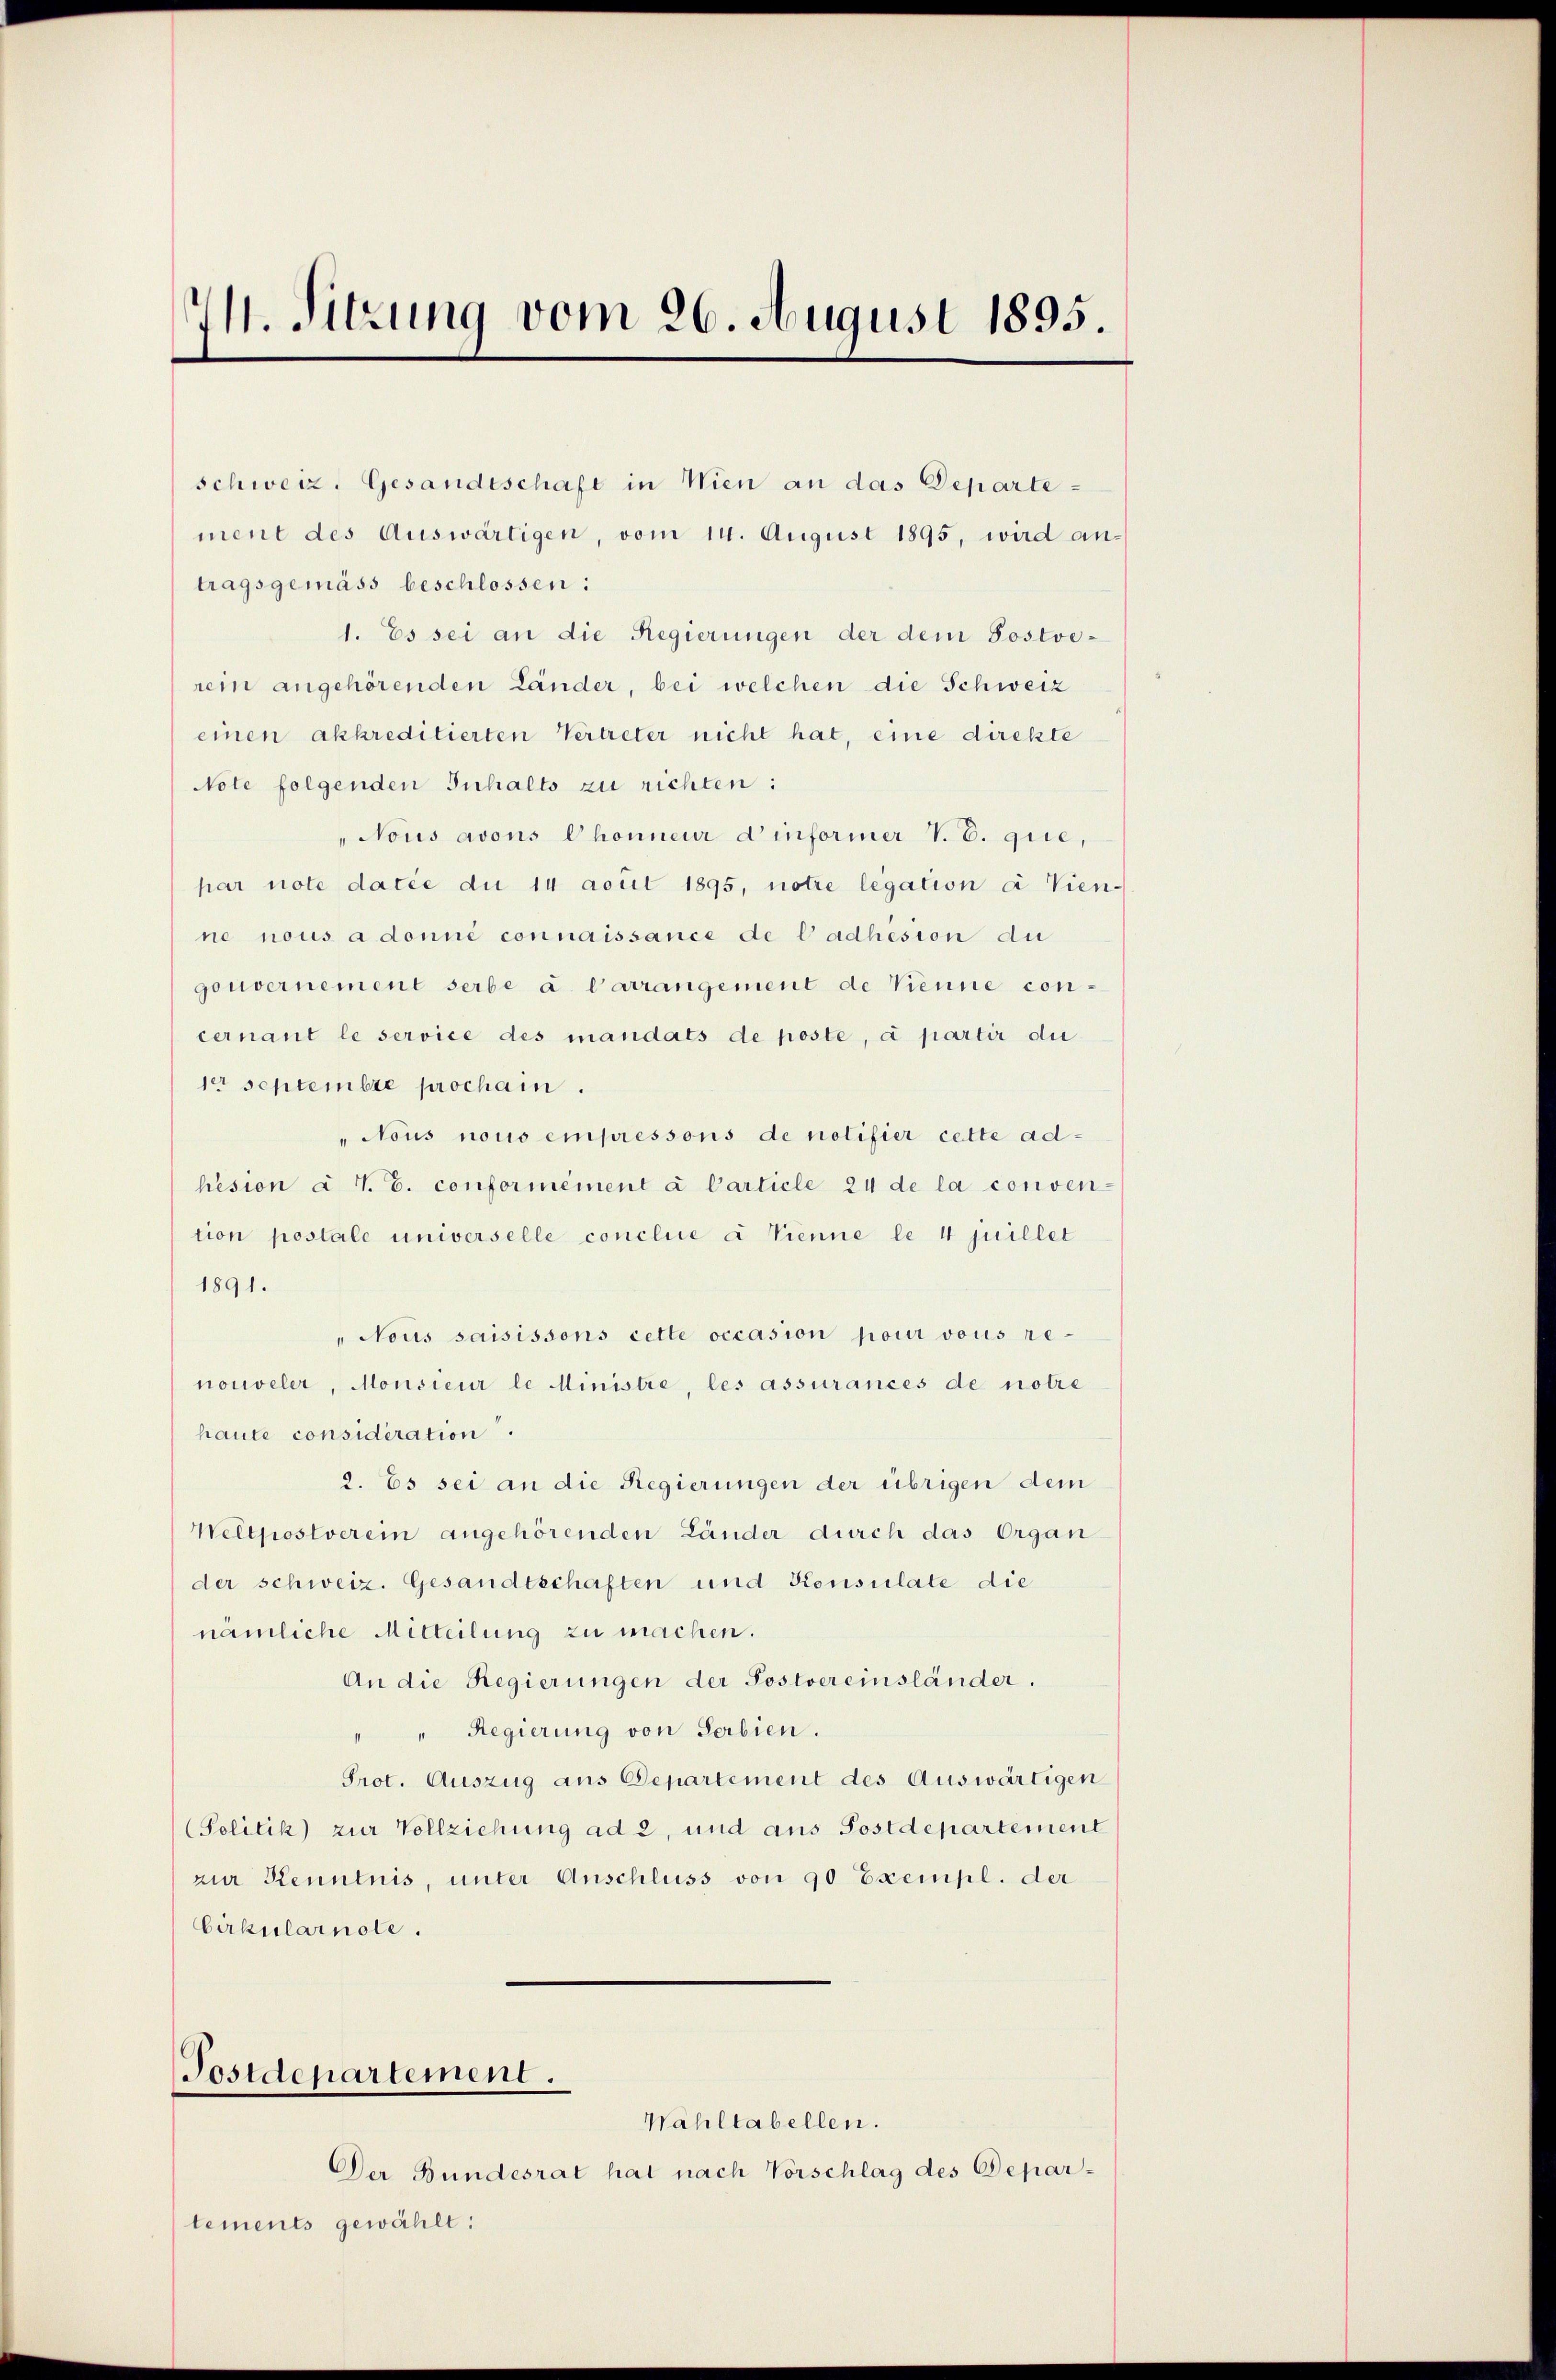
M. Sitzung vom 26. August 1895.

schweiz. Gesandtschaft in Wien an das Departement des Auswärtigen, vom 14. August 1895, wird an-
tragsgemäss beschlossen:
1. Es sei an die Regierungen der dem Postverein angehörenden Länder, bei welchen die Schweiz
einen akkreditierten Vertreter nicht hat, eine dickte
Note folgenden Inhalts zu richten:
Nous avons Chonneur dinformer V. S. gie,
par note datie du 14 acuit 1895, notre legation à Vien-
ne nous a donne connaissance de Cadhesion au
gouvernement serbe a. Carrangement de Trenne con-
cernant le service des mandats de poste, d partir die
der schlembre prochan.
" Nous nous empressons de notifier cette adhésion à 7. G. conformément à Carticle 24 de la conven-
tion postale universelle conclue à Trenne le 4 juillet
1891.
"Nous saisissons cette occasion pour vous re-
nouveler, Monsieur le Ministre, les assurances de notre
haute considération.
2. Es sei an die Regierungen der übrigen dem
Weltpostverein angehörenden Länder durch das Organ
der schweiz. Gesandtschaften und Konsulate die
nämliche Mitteilung zu machen.
An die Regierungen der Postvereinsländer.
Regierung von Serbien.
Prot. Auszug aus Departement des Auswärtigen
(Politik zur Vollziehung ad 2, und aus Postdepartement
zur Kenntnis, unter Anschluss von 90 Exempl. der
Cirkularnole.
Postdepartement.
Wahltabellen.
Der Bundesrat hat nach Vorschlag des Depar-
tements gewählt: